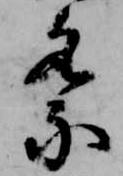
祭